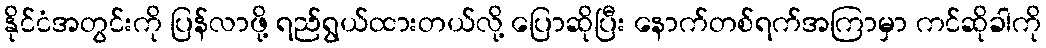
နိုင်ငံအတွင်းကို ပြန်လာဖို့ ရည်ရွယ်ထားတယ်လို့ ပြောဆိုပြီး နောက်တစ်ရက်အကြာမှာ ကင်ဆိုခါကို